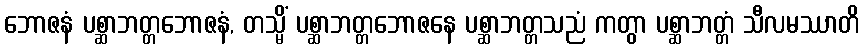
ဘောဇနံ ပစ္ဆာဘတ္တဘောဇနံ, တသ္မိံ ပစ္ဆာဘတ္တဘောဇနေ ပစ္ဆာဘတ္တသညံ ကတွာ ပစ္ဆာဘတ္တံ သီလမဿာတိ